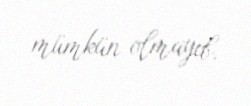
mümkün olmayıb.